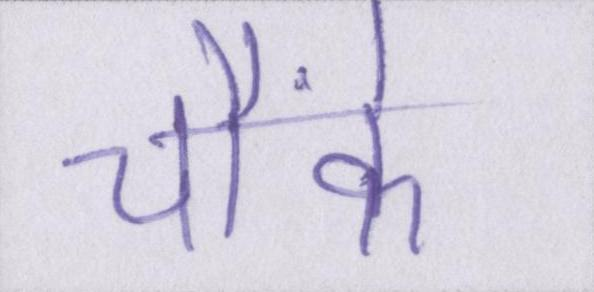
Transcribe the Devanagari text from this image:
चौंके